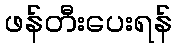
ဖန်တီးပေးရန်